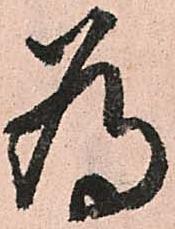
為